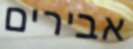
אבירים